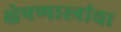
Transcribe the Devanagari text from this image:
क्षेपणास्त्रांचा